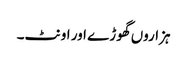
ہزاروں گھوڑے اور اونٹ۔